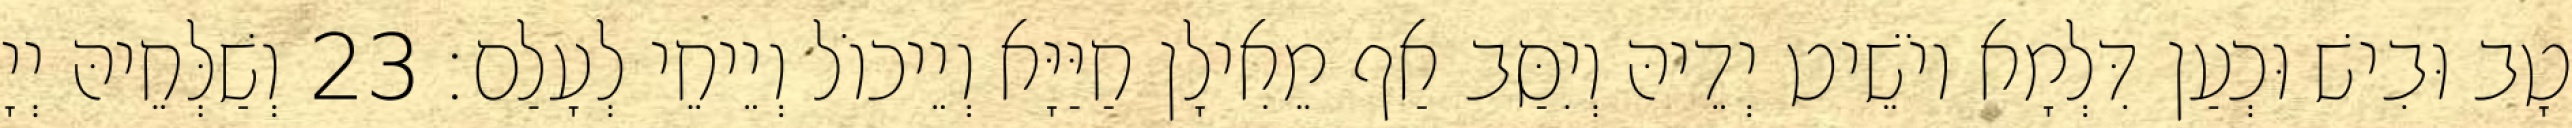
טָב וּבִישׁ וּכְעַן דִּלְמָא יוֹשֵׁיט יְדֵיהּ וְיִסַּב אַף מֵאִילָן חַיַּיָּא וְיֵיכוֹל וְיֵיחֵי לְעָלַם׃ 23 וְשַׁלְּחֵיהּ יְיָ